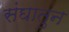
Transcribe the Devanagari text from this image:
संघातुन